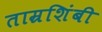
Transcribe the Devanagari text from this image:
ताम्रशिंबी